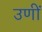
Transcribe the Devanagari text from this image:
उणीं